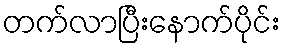
တက်လာပြီးနောက်ပိုင်း